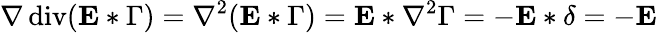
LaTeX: \nabla\operatorname{div}(\mathbf{E}*\Gamma)=\nabla^{2}(\mathbf{E}*\Gamma)=\mathbf{E}*\nabla^{2}\Gamma=-\mathbf{E}*\delta=-\mathbf{E}